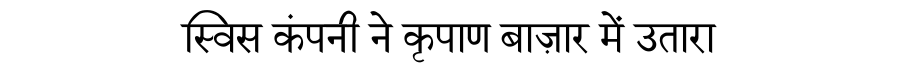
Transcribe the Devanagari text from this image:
स्विस कंपनी ने कृपाण बाज़ार में उतारा